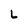
Character: L